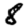
Digit: 8